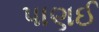
પાણઈ